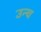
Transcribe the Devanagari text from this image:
उन्च